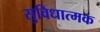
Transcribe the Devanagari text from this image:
सुविधात्मक